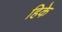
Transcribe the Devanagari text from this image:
हिके